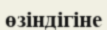
өзіндігіне